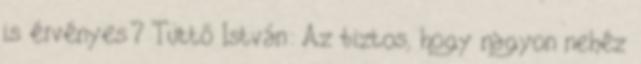
is érvényes? Tüttő István: Az biztos, hogy nagyon nehéz